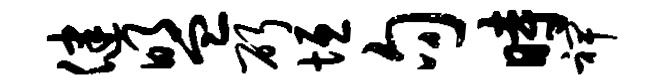
健盟斫垣句时裨